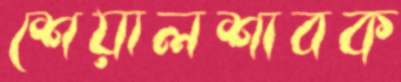
শেয়ালশাবক